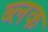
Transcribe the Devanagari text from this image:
ब्लक